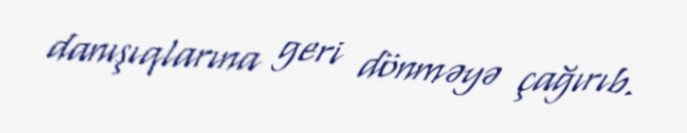
danışıqlarına geri dönməyə çağırıb.